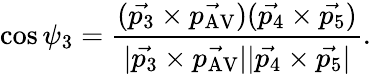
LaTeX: \cos\psi_{3}=\frac{(\vec{p_{3}}\times\vec{p_{\mathrm{AV}}})(\vec{p_{4}}\times\vec{p_{5}})}{|\vec{p_{3}}\times\vec{p_{\mathrm{AV}}}||\vec{p_{4}}\times\vec{p_{5}}|}.